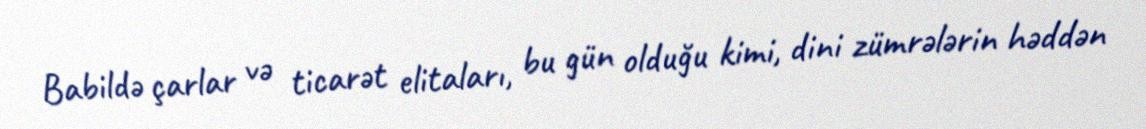
Babildə çarlar və ticarət elitaları, bu gün olduğu kimi, dini zümrələrin həddən